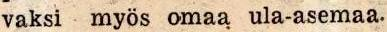
vaksi myös omaa ula-asemaa.